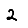
Digit: 2